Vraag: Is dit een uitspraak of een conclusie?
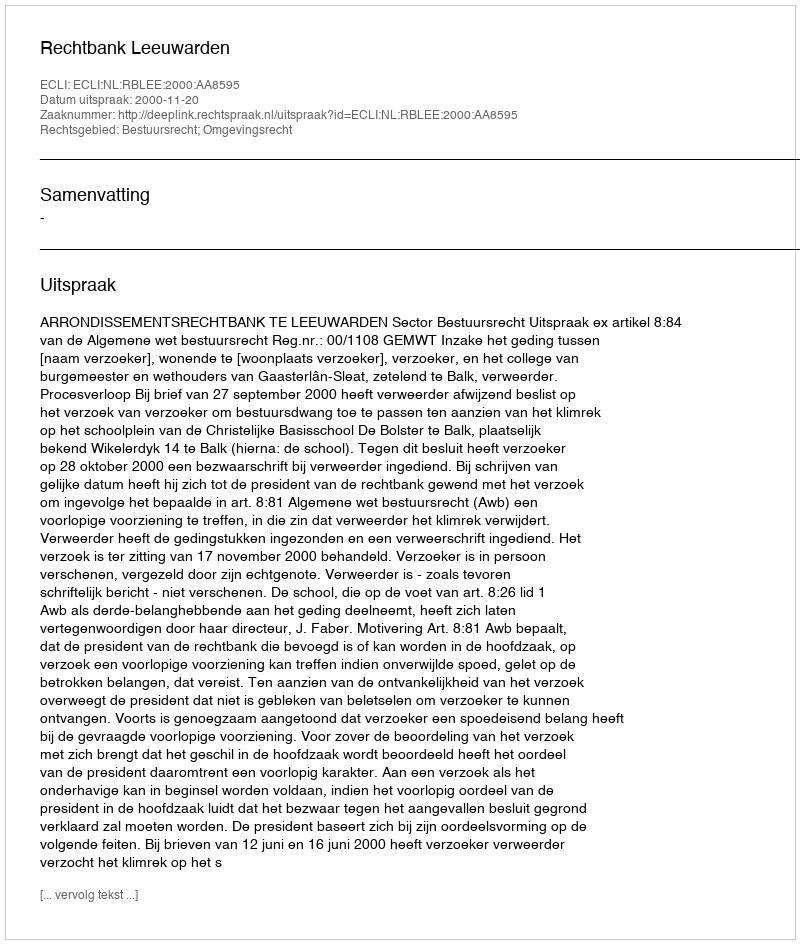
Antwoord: Uitspraak